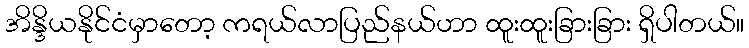
အိန္ဒိယနိုင်ငံမှာတော့ ကရယ်လာပြည်နယ်ဟာ ထူးထူးခြားခြား ရှိပါတယ်။